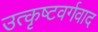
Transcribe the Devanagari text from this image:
उत्कृष्टवर्गवाद